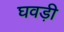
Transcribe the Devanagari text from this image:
घवड़ी